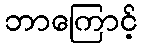
ဘာကြောင့်